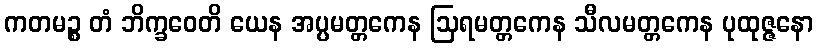
ကတမဉ္စ တံ ဘိက္ခဝေတိ ယေန အပ္ပမတ္တကေန ဩရမတ္တကေန သီလမတ္တကေန ပုထုဇ္ဇနော